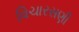
વિચારસણી